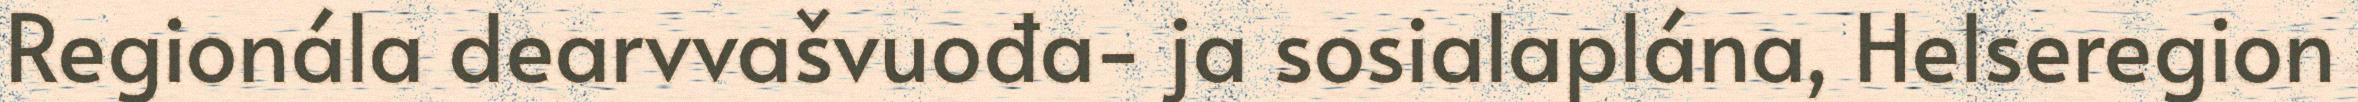
Regionála dearvvašvuođa- ja sosialaplána, Helseregion